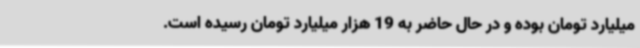
میلیارد تومان بوده و در حال حاضر به 19 هزار میلیارد تومان رسیده است.